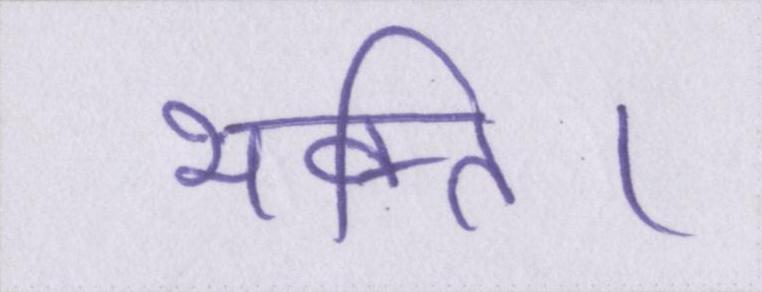
भक्ति।